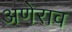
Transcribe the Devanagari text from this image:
अणेराव